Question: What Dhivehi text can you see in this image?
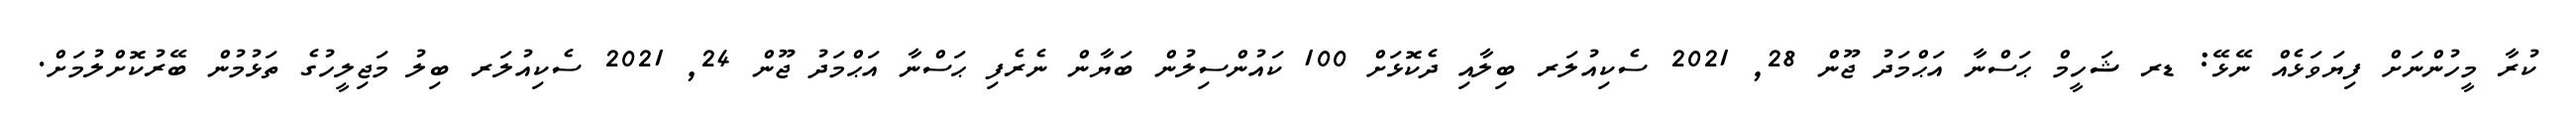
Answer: ކުރާ މީހުންނަށް ފިޔަވަޅެއް ނޭޅޭ: ޑރ ޝަހީމް ޙަސްނާ އަޙްމަދު ޖޫން 28, 2021 ސެކިއުލަރ ބިލާއި ދެކޮޅަށް 100 ކައުންސިލުން ބަޔާން ނެރެފި ޙަސްނާ އަޙްމަދު ޖޫން 24, 2021 ސެކިއުލަރ ބިލު މަޖިލީހުގެ ތަޅުމުން ބޭރުކޮށްލުމަށް.